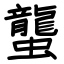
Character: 蠪